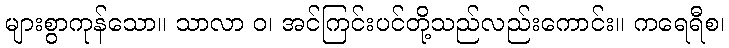
များစွာကုန်သော။ သာလာ ဝ၊ အင်ကြင်းပင်တို့သည်လည်းကောင်း။ ကရေရီစ၊